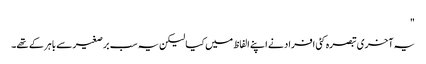
"
یہ آخری تبصرہ کئی افراد نے اپنے الفاظ میں کیا لیکن یہ سب برصغیر سے باہر کے تھے۔